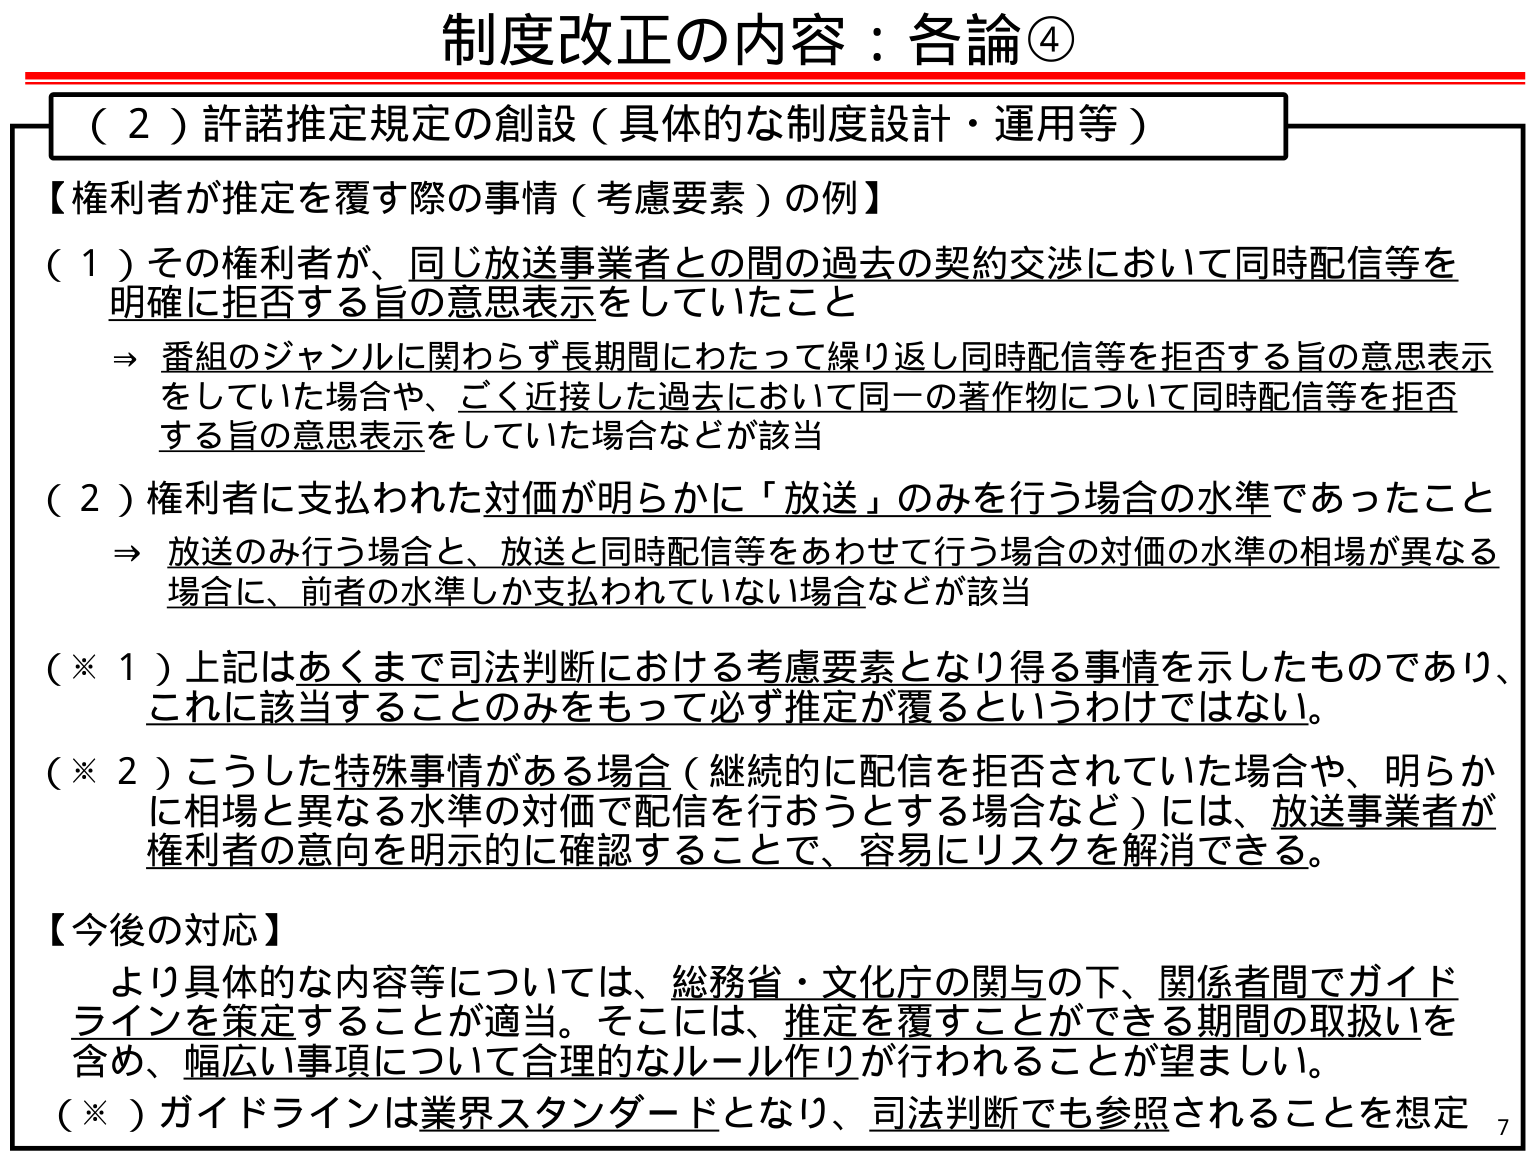
制度改正の内容：各論④

（２）許諾推定規定の創設（具体的な制度設計・運用等）

【権利者が推定を覆す際の事情（考慮要素）の例】

（１）その権利者が、同じ放送事業者との間の過去の契約交渉において同時配信等を明確に拒否する旨の意思表示をしていたこと
→ 番組のジャンルに関わらず長期間にわたって繰り返し同時配信等を拒否する旨の意思表示をしていた場合や、ごく近接した過去において同一の著作物について同時配信等を拒否する旨の意思表示をしていた場合などが該当

（２）権利者に支払われた対価が明らかに「放送」のみを行う場合の水準であったこと
→ 放送のみ行う場合と、放送と同時配信等をあわせて行う場合の対価の水準の相場が異なる場合に、前者の水準しか支払われていない場合などが該当

（※１）上記はあくまで司法判断における考慮要素となり得る事情を示したものであり、これに該当することのみをもって必ず推定が覆るというわけではない。

（※２）こうした特殊事情がある場合（継続的に配信を拒否されていた場合や、明らかに相場と異なる水準の対価で配信を行おうとする場合など）には、放送事業者が権利者の意向を明示的に確認することで、容易にリスクを解消できる。

【今後の対応】
より具体的な内容等については、総務省・文化庁の関与の下、関係者間でガイドラインを策定することが適当。そこには、推定を覆すことができる期間の取扱いを含め、幅広い事項について合理的なルール作りが行われることが望ましい。
（※）ガイドラインは業界スタンダードとなり、司法判断でも参照されることを想定

7